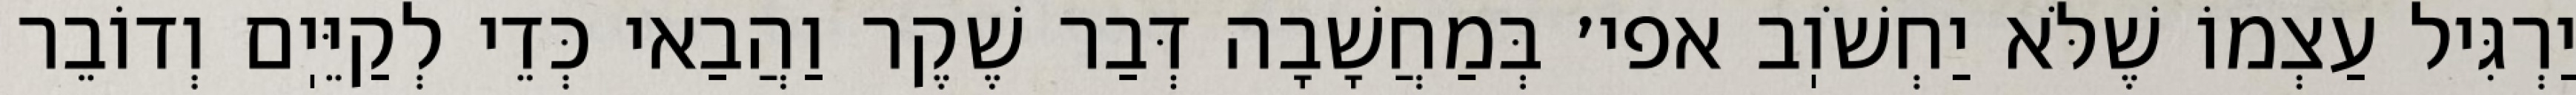
יַרְגִּיל עַצְמוֹ שֶׁלֹּא יַחְשֹׁוֽב אפי׳ בְּמַחֲשָׁבָה דְּבַר שֶׁקֶר וַהֲבַאי כְּדֵי לְקַיֵּיֽם וְדוֹבֵר